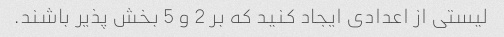
لیستی از اعدادی ایجاد کنید که بر 2 و 5 بخش پذیر باشند.